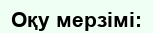
Оқу мерзімі: